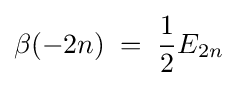
\beta (-2n)\;=\;{\frac {1}{2}}E_{2n}